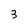
Character: 3